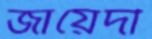
জায়েদী